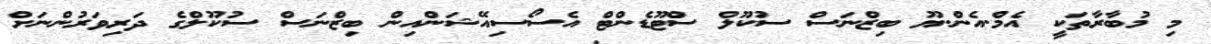
މި މުބާރާތަކީ އެމް.އެން.ޔޫ ބިޒްނަސް ސުކޫލް ސްޓޫޑެންޓް އެސޯސިއޭޝަންއިން ބިޒްނަސް ސުކޫލްގެ ދަރިވަރުންނަށް